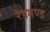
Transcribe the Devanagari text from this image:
रेडमण्ड